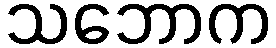
သဘောက